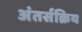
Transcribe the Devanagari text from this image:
अंतर्सक्रिय